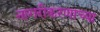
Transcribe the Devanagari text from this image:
नागरीकरणाच्या